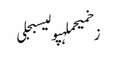
زخمیحملہپولیسبجلی